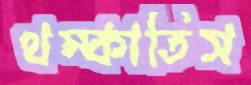
থম্‌কাতিস